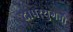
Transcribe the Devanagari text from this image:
द्रापरयुगनो